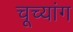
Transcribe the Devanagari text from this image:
चूच्यांग